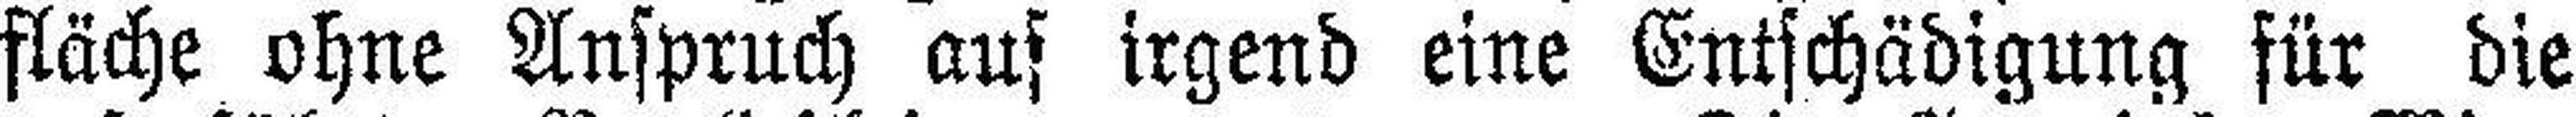
fläche ohne Anspruch auf irgend eine Entschädigung für die